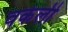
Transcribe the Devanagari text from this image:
वकेली